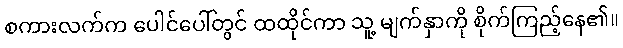
စကားလက်က ပေါင်ပေါ်တွင် ထထိုင်ကာ သူ့ မျက်နှာကို စိုက်ကြည့်နေ၏။